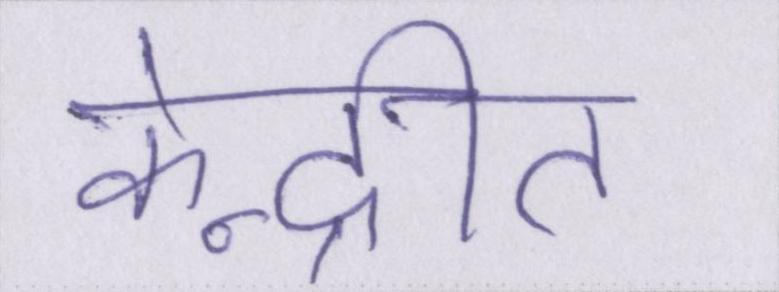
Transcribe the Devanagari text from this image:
केन्द्रीत